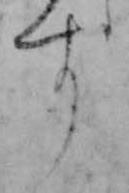
す